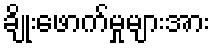
ချိုးဖောက်မှုများအား